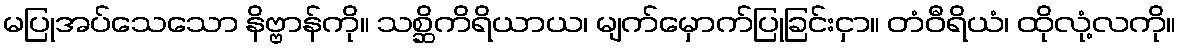
မပြုအပ်သေသော နိဗ္ဗာန်ကို။ သစ္ဆိကိရိယာယ၊ မျက်မှောက်ပြုခြင်းငှာ။ တံဝီရိယံ၊ ထိုလုံ့လကို။